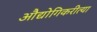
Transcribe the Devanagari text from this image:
औद्योगिकरीत्या